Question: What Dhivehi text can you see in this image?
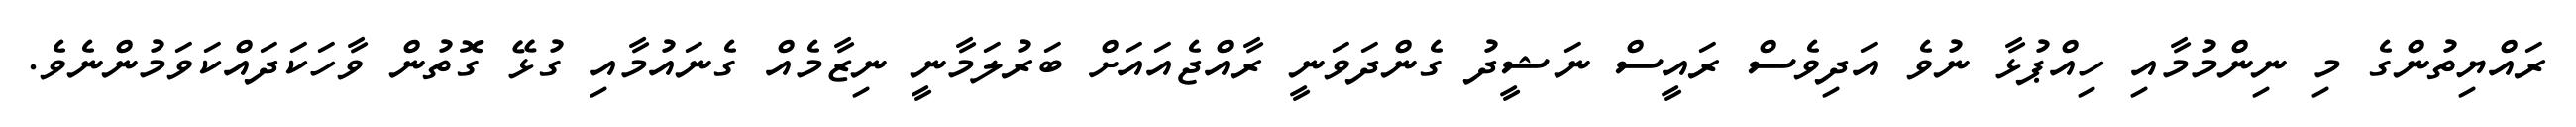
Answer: ރައްޔިތުންގެ މި ނިންމުމާއި ހިއްޕުޅާ ނުވެ އަދިވެސް ރައީސް ނަޝީދު ގެންދަވަނީ ރާއްޖެއައަށް ބަރުލަމާނީ ނިޒާމެއް ގެނައުމާއި ގުޅޭ ގޮތުން ވާހަކަދައްކަވަމުންނެވެ.